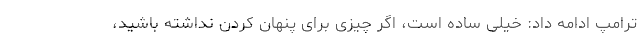
ترامپ ادامه داد: خیلی ساده است، اگر چیزی برای پنهان کردن نداشته باشید،